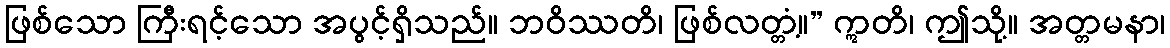
ဖြစ်သော ကြီးရင့်သော အပွင့်ရှိသည်။ ဘဝိဿတိ၊ ဖြစ်လတ္တံ့။” ဣတိ၊ ဤသို့။ အတ္တမနာ၊